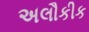
અલૌકીક